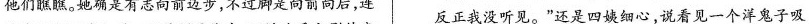
他们瞧瞧。她确是有志向前迈步，不过脚是向前向后，连 反正我没听见。”还是四姨细心，说看见一个洋鬼子吸